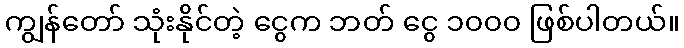
ကျွန်တော် သုံးနိုင်တဲ့ ငွေက ဘတ် ငွေ ၁၀၀၀ ဖြစ်ပါတယ်။